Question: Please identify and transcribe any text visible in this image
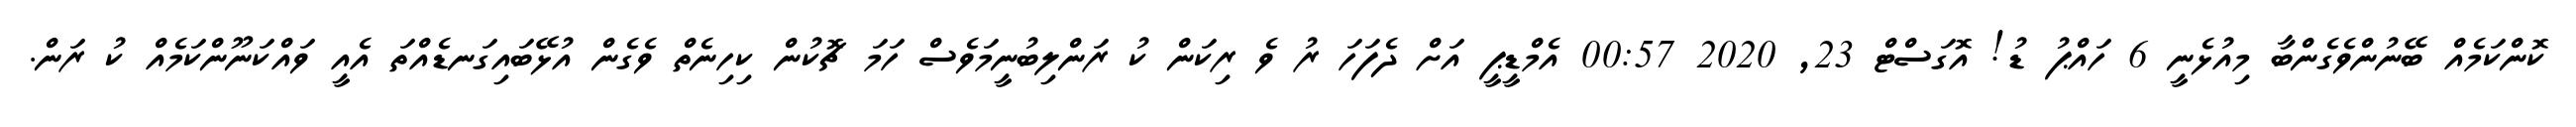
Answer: ކޮންކަމެއް ބޭނުންވެގެންބާ މިއުޅެނީ 6 ހައްޕު ޑު! އޮގަސްޓް 23, 2020 00:57 އެމްޑީޕީ އަށް ދެފަހަ ރު ވެ ރިކަން ކު ރަންލިބުނީމަވެސް ހަމަ ޗޮކުން ކިހިނެތް ވެގެން އުޅޭބައިގަނޑެއްތަ އެއީ ވައްކަނޫންކަމެއް ކު ރަން.